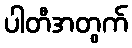
ပါတီအတွက်